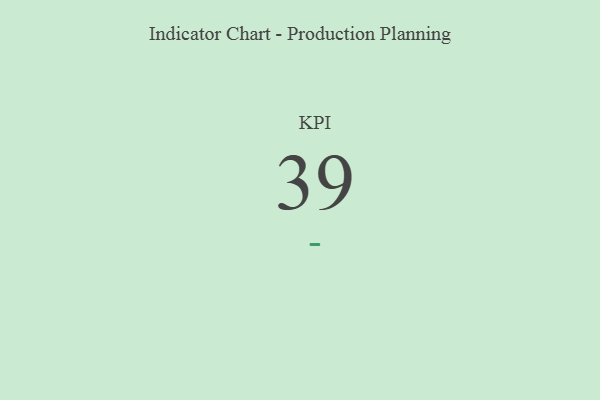
{"axis": {"x": "KPI", "y": "Value"}, "legend": [""], "data": [{"x": "KPI", "y": 39, "type": ""}]}